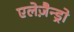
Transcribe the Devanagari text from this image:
एलेज़ैन्ड्रो